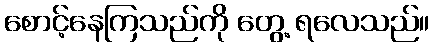
စောင့်နေကြသည်ကို တွေ့ ရလေသည်။